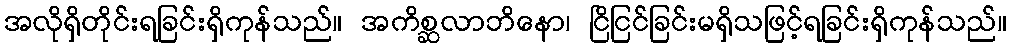
အလိုရှိတိုင်းရခြင်းရှိကုန်သည်။ အကိစ္ဆလာဘိနော၊ ငြိငြင်ခြင်းမရှိသဖြင့်ရခြင်းရှိကုန်သည်။